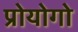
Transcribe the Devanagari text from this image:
प्रोयोगो